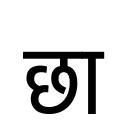
OCR:
छा